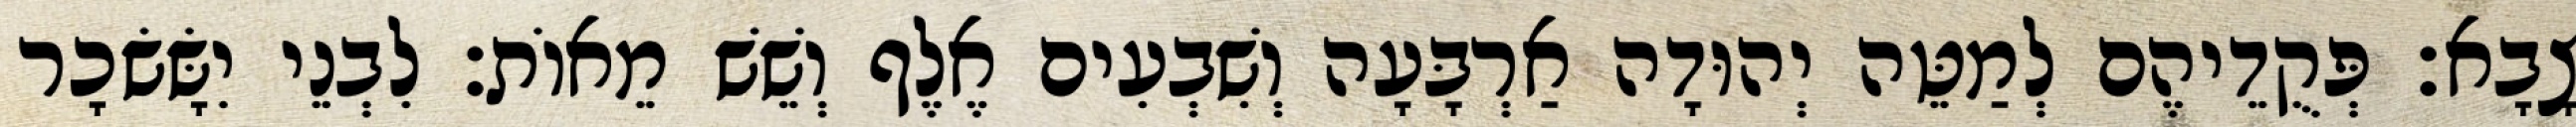
צָבָא׃ פְּקֻדֵיהֶם לְמַטֵּה יְהוּדָה אַרְבָּעָה וְשִׁבְעִים אֶלֶף וְשֵׁשׁ מֵאוֹת׃ לִבְנֵי יִשָּׂשׂכָר